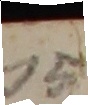
13